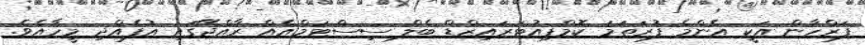
ފަރްހާން އަކީ އެންމެ ފުރަތަމަ ކޮމްޕިއުޓަރައިޒްޑް ބެލް ސިސްޓަމްއެއް ރާއްޖޭގައި އުފެއްދި މީހާއެވެ.